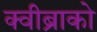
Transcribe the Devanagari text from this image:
क्वीब्राको